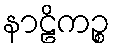
နာဠိကဉ္စ